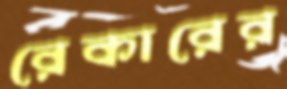
রেকারের